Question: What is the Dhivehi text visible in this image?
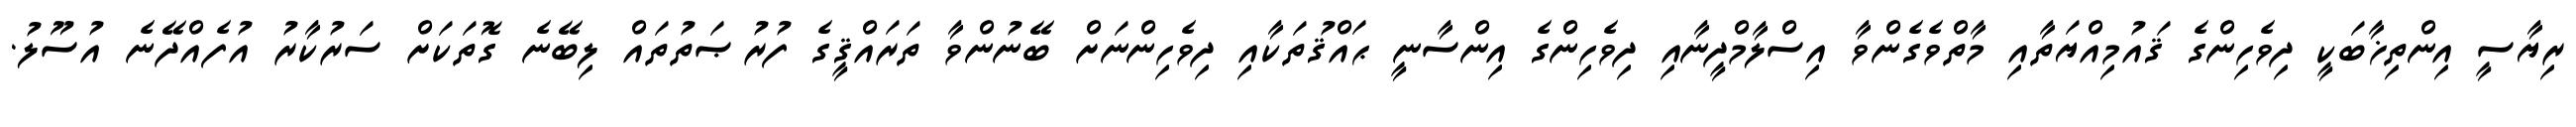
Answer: ރިޔާސީ އިންތިޚާބަކީ ދިވެހިންގެ ޤައުމިއްޔަތާއި މާތްވެގެންވާ އިސްލާމްދީނާއި ދިވެހިންގެ އިންސާނީ ޙައްޤުތަކާއި ދިވެހިންނަށް ބޭނުންވާ ތަރައްޤީގެ ފުރުޞަތުތައް ލިބޭނެ ގޮތަކަށް ސަރުކާރު އުފެއްދޭނެ އުސޫލު.